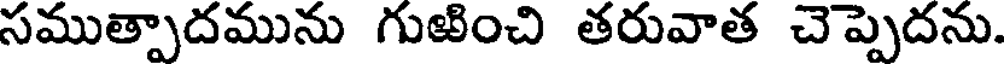
సముత్పాదమును గుఱించి తరువాత చెప్పెదను.